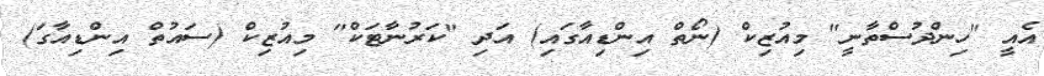
އެއީ "ހިންދުސްތާނީ" މިއުޒިކް (ނޯތް އިންޑިއާގައި) އަދި "ކަރުނާޓަކް" މިއުޒިކް (ސައުތް އިންޑިއާގަ)